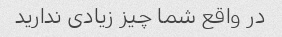
در واقع شما چیز زیادی ندارید